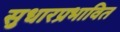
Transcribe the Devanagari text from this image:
सुधारप्रभावित